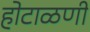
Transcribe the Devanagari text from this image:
होटाळणी